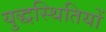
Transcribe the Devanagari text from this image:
युद्धस्थितियों